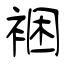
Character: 裍